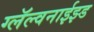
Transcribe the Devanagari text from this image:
ग्लॅल्वनाईझ्ड